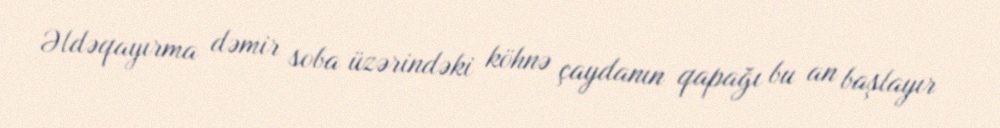
Əldəqayırma dəmir soba üzərindəki köhnə çaydanın qapağı bu an başlayır